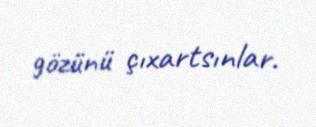
gözünü çıxartsınlar.